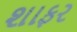
શાફર